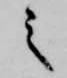
之